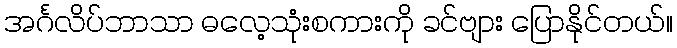
အင်္ဂလိပ်ဘာသာ ဓလေ့သုံးစကားကို ခင်ဗျား ပြောနိုင်တယ်။